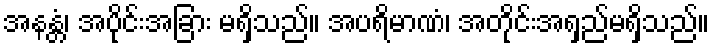
အနန္တံ၊ အပိုင်းအခြား မရှိသည်။ အပရိမာဏံ၊ အတိုင်းအရှည်မရှိသည်။